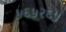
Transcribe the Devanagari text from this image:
५६५२६५